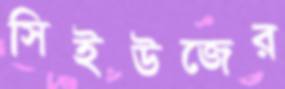
সিইউজের